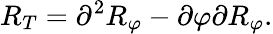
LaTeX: R_{T}=\partial^{2}R_{\varphi}-\partial\varphi\partial R_{\varphi}.